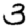
Digit: 3